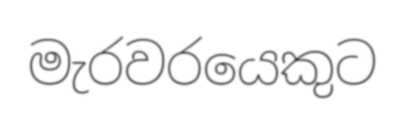
මැරවරයෙකුට